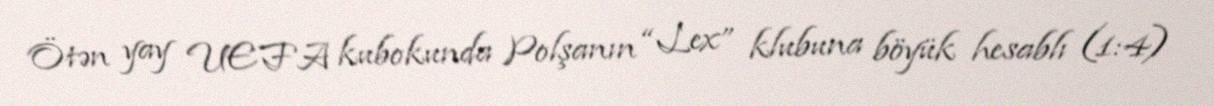
Ötən yay UEFA kubokunda Polşanın “Lex” klubuna böyük hesablı (1:4)